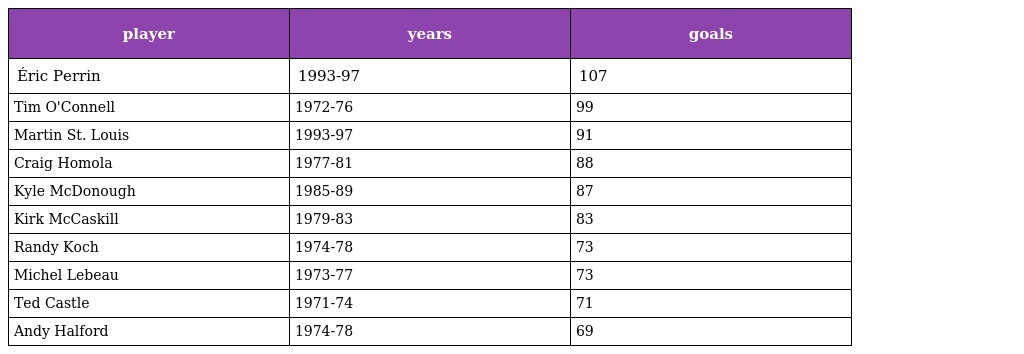
| player | years | goals |
 | --- | --- | --- |
 | Éric Perrin | 1993-97 | 107 |
 | Tim O'Connell | 1972-76 | 99 |
 | Martin St. Louis | 1993-97 | 91 |
 | Craig Homola | 1977-81 | 88 |
 | Kyle McDonough | 1985-89 | 87 |
 | Kirk McCaskill | 1979-83 | 83 |
 | Randy Koch | 1974-78 | 73 |
 | Michel Lebeau | 1973-77 | 73 |
 | Ted Castle | 1971-74 | 71 |
 | Andy Halford | 1974-78 | 69 |